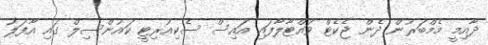
ދާއިމީ މެމްބަރުން ދެން ޖެކެޓް ވައްޓާލާފައި އައިސް ސެކިއުރިޓީ ކައުންސިލް ގައި އާފަލު